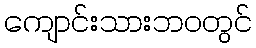
ကျောင်းသားဘဝတွင်